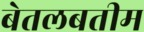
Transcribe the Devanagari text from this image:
बेतलबतीम